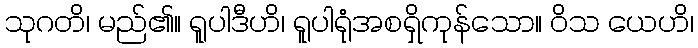
သုဂတိ၊ မည်၏။ ရူပါဒီဟိ၊ ရူပါရုံအစရှိကုန်သော။ ဝိသ ယေဟိ၊